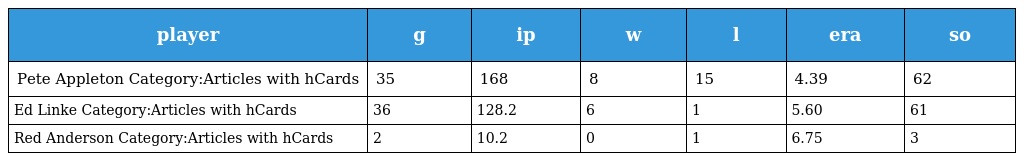
| player | g | ip | w | l | era | so |
 | --- | --- | --- | --- | --- | --- | --- |
 | Pete Appleton Category:Articles with hCards | 35 | 168 | 8 | 15 | 4.39 | 62 |
 | Ed Linke Category:Articles with hCards | 36 | 128.2 | 6 | 1 | 5.60 | 61 |
 | Red Anderson Category:Articles with hCards | 2 | 10.2 | 0 | 1 | 6.75 | 3 |